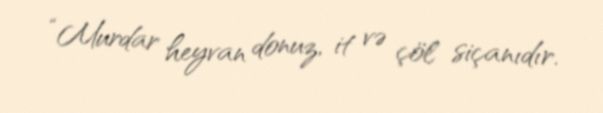
“Murdar heyvan donuz, it və çöl siçanıdır.